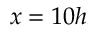
x = 1 0 h